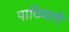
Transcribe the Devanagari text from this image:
पाठिमागे